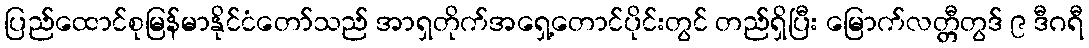
ပြည်ထောင်စုမြန်မာနိုင်ငံတော်သည် အာရှတိုက်အရှေ့တောင်ပိုင်းတွင် တည်ရှိပြီး မြောက်လတ္တီတွဒ် ၉ ဒီဂရီ